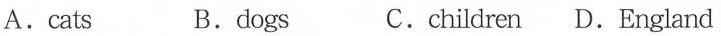
A.cats B.dogs C.children D.England